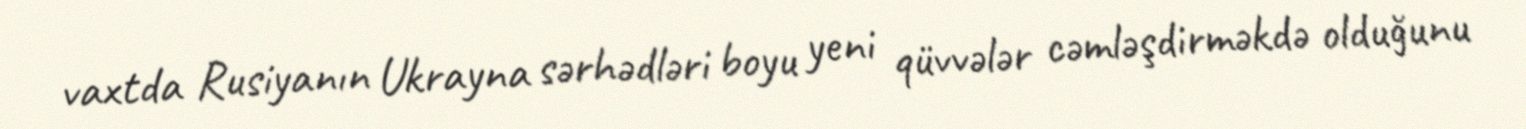
vaxtda Rusiyanın Ukrayna sərhədləri boyu yeni qüvvələr cəmləşdirməkdə olduğunu